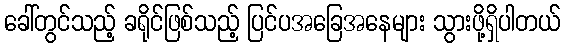
ခေါ်တွင်သည့် ခရိုင်ဖြစ်သည့် ပြင်ပအခြေအနေများ သွားဖို့ရှိပါတယ်